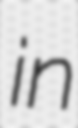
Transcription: in